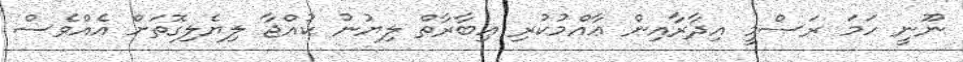
ނޫނީ ހަމަ ރަސްމީ އިދާރާއިން ޢާއްމުކުރި ޢިބާރާތް ލިޔުނު ކުއްޖާ ލިޔެލިގޮތަށް އެއްވެސް